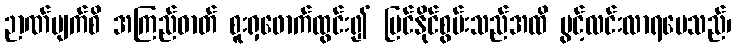
ဉာဏ်မျက်စိ အကြည်ဓာတ် စူးရှဖောက်ထွင်း၍ မြင်နိုင်စွမ်းသည်အထိ ပွင့်လင်းလာရပေသည်၊